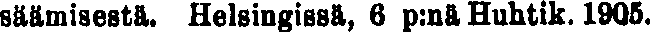
säämisestä. Helsingissä, 6 p:nä Huhtik. 1905.